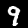
Label: 9